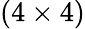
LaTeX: (4\times 4)